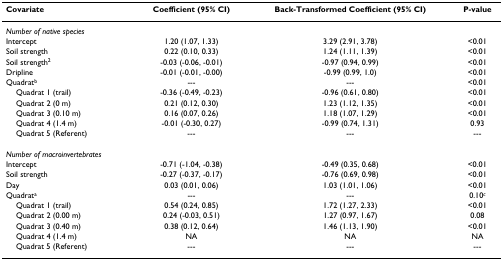
<table><thead><tr><td><b>Covariate</b></td><td><b>Coefficient (95% CI)</b></td><td><b>Back-Transformed Coefficient (95% CI)</b></td><td><b>P-value</b></td></tr></thead><tbody><tr><td><i>Number of native species</i></td><td></td><td></td><td></td></tr><tr><td>Intercept</td><td>1.20 (1.07, 1.33)</td><td>3.29 (2.91, 3.78)</td><td>&lt;0.01</td></tr><tr><td>Soil strength</td><td>0.22 (0.10, 0.33)</td><td>1.24 (1.11, 1.39)</td><td>&lt;0.01</td></tr><tr><td>Soil strength<sup>2</sup></td><td>-0.03 (-0.06, -0.01)</td><td>-0.97 (0.94, 0.99)</td><td>&lt;0.01</td></tr><tr><td>Dripline</td><td>-0.01 (-0.01, -0.00)</td><td>-0.99 (0.99, 1.0)</td><td>&lt;0.01</td></tr><tr><td>Quadrat<sup>b</sup></td><td>---</td><td>---</td><td>&lt;0.01</td></tr><tr><td> Quadrat 1 (trail)</td><td>-0.36 (-0.49, -0.23)</td><td>-0.96 (0.61, 0.80)</td><td>&lt;0.01</td></tr><tr><td> Quadrat 2 (0 m)</td><td>0.21 (0.12, 0.30)</td><td>1.23 (1.12, 1.35)</td><td>&lt;0.01</td></tr><tr><td> Quadrat 3 (0.10 m)</td><td>0.16 (0.07, 0.26)</td><td>1.18 (1.07, 1.29)</td><td>&lt;0.01</td></tr><tr><td> Quadrat 4 (1.4 m)</td><td>-0.01 (-0.30, 0.27)</td><td>-0.99 (0.74, 1.31)</td><td>0.93</td></tr><tr><td> Quadrat 5 (Referent)</td><td>---</td><td>---</td><td>---</td></tr><tr><td><i>Number of macroinvertebrates</i></td><td></td><td></td><td></td></tr><tr><td>Intercept</td><td>-0.71 (-1.04, -0.38)</td><td>-0.49 (0.35, 0.68)</td><td>&lt;0.01</td></tr><tr><td>Soil strength</td><td>-0.27 (-0.37, -0.17)</td><td>-0.76 (0.69, 0.98)</td><td>&lt;0.01</td></tr><tr><td>Day</td><td>0.03 (0.01, 0.06)</td><td>1.03 (1.01, 1.06)</td><td>&lt;0.01</td></tr><tr><td>Quadrat<sup>a</sup></td><td>---</td><td>---</td><td>0.10<sup><i>c</i></sup></td></tr><tr><td> Quadrat 1 (trail)</td><td>0.54 (0.24, 0.85)</td><td>1.72 (1.27, 2.33)</td><td>&lt;0.01</td></tr><tr><td> Quadrat 2 (0.00 m)</td><td>0.24 (-0.03, 0.51)</td><td>1.27 (0.97, 1.67)</td><td>0.08</td></tr><tr><td> Quadrat 3 (0.40 m)</td><td>0.38 (0.12, 0.64)</td><td>1.46 (1.13, 1.90)</td><td>&lt;0.01</td></tr><tr><td> Quadrat 4 (1.4 m)</td><td>NA</td><td>NA</td><td>NA</td></tr><tr><td> Quadrat 5 (Referent)</td><td>---</td><td>---</td><td>---</td></tr></tbody></table>